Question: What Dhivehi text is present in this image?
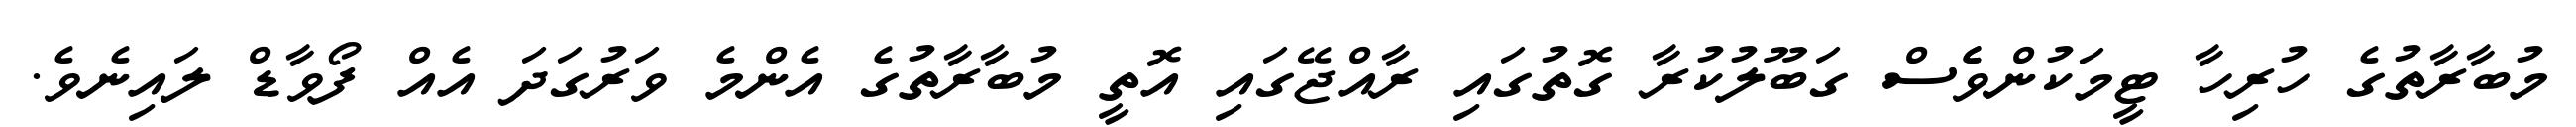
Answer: މުބާރާތުގެ ހުރިހާ ޓީމަކުންވެެސް ގަބޫލުކުރާ ގޮތުގައި ރާއްޖޭގައި އޮތީ މުބާރާތުގެ އެންމެ ވަރުގަދަ އެއް ފޯވާޑް ލައިނެވެ.